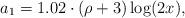
LaTeX: \begin{align*} a_1=1.02 \cdot (\rho+3)\log(2x),\end{align*}